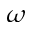
\omega